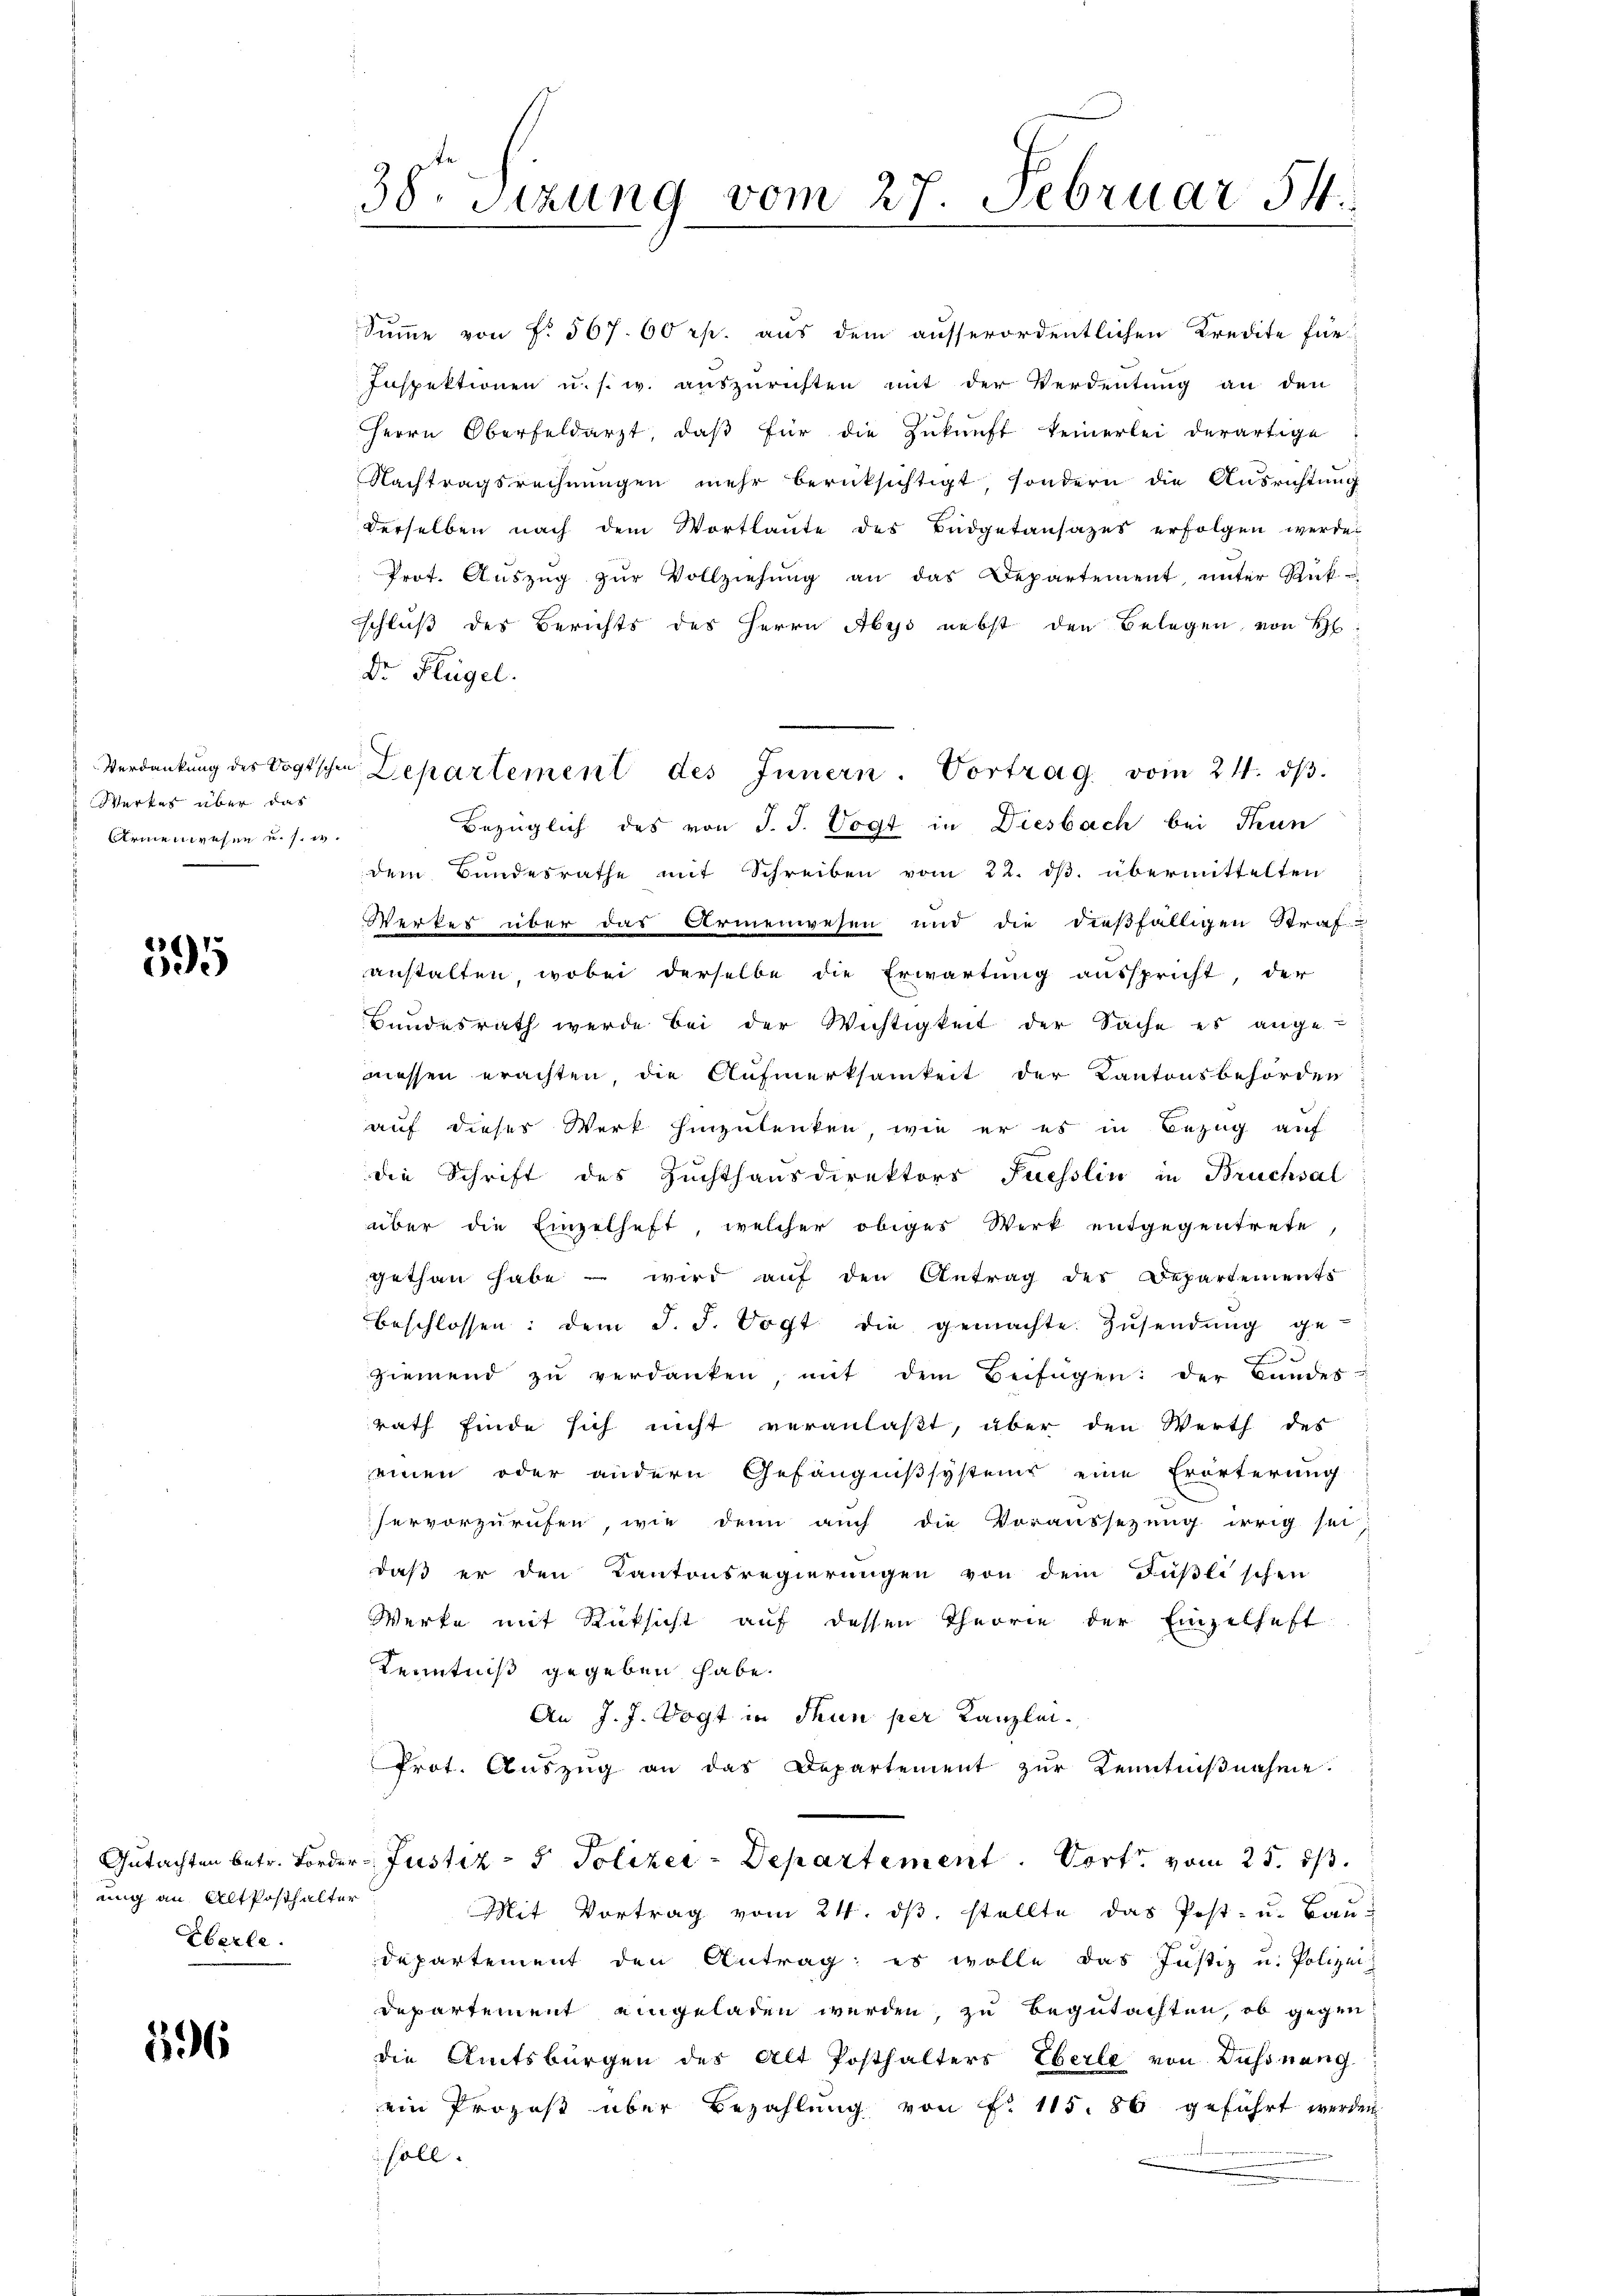
Verdankung des Vogtsche
Werkes über das
Armenwesen u. s. w.

595

ung an Alt Posthalter
Herle.

596

38. Sitzung vom 27. Februar 54.

Summe von f. 567. 60 rp. aus dem ausserordentlichen Kredite für
Inspektionen u. s. w. auszurichten mit der Verdeutung an den
Herrn Oberfeldarzt, daβ für die Zŭkŭnft keinerlei derartige
Nachtragsrechnungen mehr berücksichtigt, sondern die Ausrichtung
derselben nach dem Wortlaute des Büdgetansazes erfolgen werde.
Prot. Aŭszŭg zŭr Vollziehŭng an das Departement, unter Rück-
schluß des Berichts des Herrn Abys nebst den Belegen von S
Dr. Flügel.
u Departement des Innern. Vortrag vom 21. dβ.
Bezüglich des von J. J. Vogt in Diesbach bei Thun
dem Bundesrathe mit Schreiben vom 22. dβ. übermittelten
Werkes über das Armenwesen und die dießfälligen Straf-
anstalten, wobei derselbe die Erwartung ausspricht, der
Bundesrath werde bei der Wichtigkeit der Sache es angemessen erachten, die Aufmerksamkeit der Kantonsbehörden
auf dieser Werk hinzulenken, wie er es in Bezug auf
die Schrift des Zuchthausdirektors Fuesslin in Bruchsal
über die Einzelheft, welcher obiges Werk entgegentrete,
gethan habe - wird auf den Antrag des Departements
beschlossen: dem J. F. Vogt die gemachte. Zŭsendŭng ge-
ziemend zŭ verdanken, mit dem Beifügen: der Bŭndes-
rath finde sich nicht veranlaßt, über den Werth des
einen oder andern Gefängnißsystems eine Erörterung
hervorzurufen, wie denn auch die Voraussezung irrig sei
daß er den Kantonsregierungen von dem Füßlischen
Werke mit Rücksicht auf dessen Theorie der Einzelhaft
Kenntniß gegeben habe.
An J. J. Vogt in Thun per Kanzlei.
Prot. Auszug an das Departement zur Kenntnißnahme.
Gutachten betr. Forder-Justiz- & Polizer-Departement. Port vom 25. ist.
Mit Vortrag vom 24. dβ stellte das Post- u. Baŭ-
departement den Antrag; es wolle das Justiz u. Polizei
Departement eingeladen werden, zu begutachten, ob gegen
die Amtsbürgen des Alt Posthalters Eberle von Bahnang
ein Prozeß über Bezahlung von F. 115. 86 geführt werden
soll.